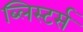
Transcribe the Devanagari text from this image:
ब्लिस्टर्स